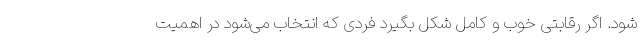
شود. اگر رقابتی خوب و کامل شکل بگیرد فردی که انتخاب می‌شود در اهمیت